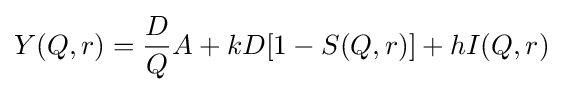
Y(Q,r)={\frac {D}{Q}}A+kD[1-S(Q,r)]+hI(Q,r)